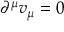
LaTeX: \partial ^ { \mu } v _ { \mu } = 0